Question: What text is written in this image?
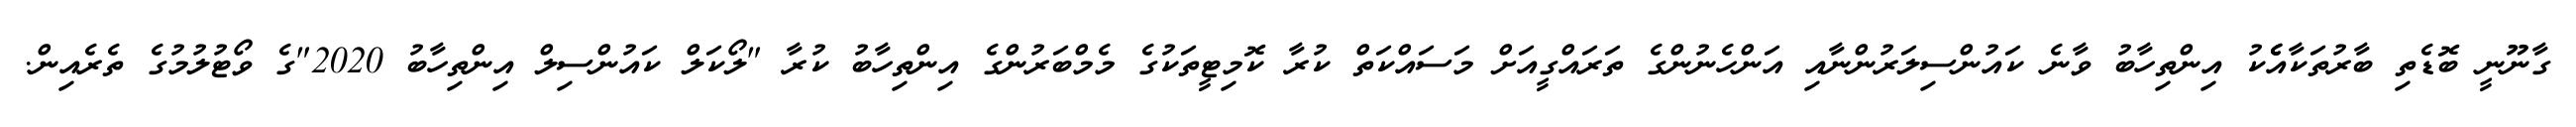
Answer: ގާނޫނީ ބޮޑެތި ބާރުތަކާއެެކު އިންތިހާބު ވާނެ ކައުންސިލަރުންނާއި އަންހެނުންގެ ތަރައްގީއަށް މަސައްކަތް ކުރާ ކޮމިޓީތަކުގެ މެމްބަރުންގެ އިންތިހާބު ކުރާ "ލޯކަލް ކައުންސިލް އިންތިހާބު 2020"ގެ ވޯޓުލުމުގެ ތެރެއިން.